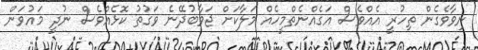
ނިވާވެގެން ތިހުރީ އެއްވެސް އަގެއްނެތްމީހެއް މަލާކަށް ޖަވާބުދޭނެ ވަގުތު ކޮޅެއްވެސް ނުދީ މައުވަން